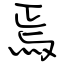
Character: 焉